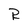
Character: R